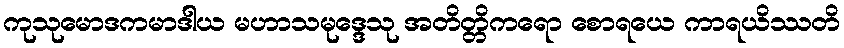
ကုသုမောဒကမာဒါယ မဟာသမုဒ္ဒေသု အတိတ္တိကရော စောရယေ ကာရယိဿတိ